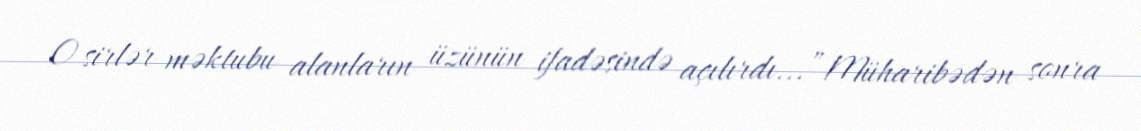
O sirlər məktubu alanların üzünün ifadəsində açılırdı...”Müharibədən sonra